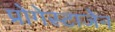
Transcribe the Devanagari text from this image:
प्रोगेस्टाजेन